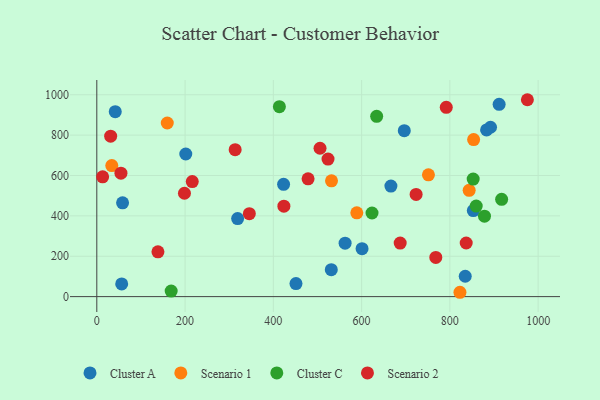
{"axis": {"x": "Ad Spend", "y": "Rating"}, "legend": ["Cluster A", "Cluster C", "Scenario 1", "Scenario 2"], "data": [{"x": "423.2", "y": 556.3, "type": "Cluster A"}, {"x": "562.6", "y": 264.7, "type": "Cluster A"}, {"x": "853.1", "y": 426.0, "type": "Cluster A"}, {"x": "601.0", "y": 237.6, "type": "Cluster A"}, {"x": "451.3", "y": 64.7, "type": "Cluster A"}, {"x": "834.8", "y": 100.9, "type": "Cluster A"}, {"x": "56.4", "y": 62.7, "type": "Cluster A"}, {"x": "58.4", "y": 464.4, "type": "Cluster A"}, {"x": "666.4", "y": 547.8, "type": "Cluster A"}, {"x": "41.8", "y": 916.3, "type": "Cluster A"}, {"x": "892.1", "y": 839.0, "type": "Cluster A"}, {"x": "319.1", "y": 386.4, "type": "Cluster A"}, {"x": "696.7", "y": 822.0, "type": "Cluster A"}, {"x": "911.6", "y": 952.7, "type": "Cluster A"}, {"x": "201.6", "y": 706.4, "type": "Cluster A"}, {"x": "531.3", "y": 133.3, "type": "Cluster A"}, {"x": "883.2", "y": 825.9, "type": "Cluster A"}, {"x": "853.8", "y": 778.1, "type": "Scenario 1"}, {"x": "751.4", "y": 603.3, "type": "Scenario 1"}, {"x": "589.1", "y": 415.0, "type": "Scenario 1"}, {"x": "159.7", "y": 860.0, "type": "Scenario 1"}, {"x": "843.7", "y": 526.5, "type": "Scenario 1"}, {"x": "531.8", "y": 573.7, "type": "Scenario 1"}, {"x": "822.8", "y": 21.5, "type": "Scenario 1"}, {"x": "34.0", "y": 649.2, "type": "Scenario 1"}, {"x": "852.8", "y": 582.5, "type": "Cluster C"}, {"x": "168.5", "y": 27.3, "type": "Cluster C"}, {"x": "878.4", "y": 398.6, "type": "Cluster C"}, {"x": "413.7", "y": 940.8, "type": "Cluster C"}, {"x": "859.7", "y": 448.3, "type": "Cluster C"}, {"x": "917.3", "y": 482.0, "type": "Cluster C"}, {"x": "623.6", "y": 414.3, "type": "Cluster C"}, {"x": "634.1", "y": 893.1, "type": "Cluster C"}, {"x": "478.7", "y": 583.3, "type": "Scenario 2"}, {"x": "216.3", "y": 570.0, "type": "Scenario 2"}, {"x": "54.7", "y": 611.6, "type": "Scenario 2"}, {"x": "523.9", "y": 681.3, "type": "Scenario 2"}, {"x": "723.5", "y": 506.4, "type": "Scenario 2"}, {"x": "138.5", "y": 221.7, "type": "Scenario 2"}, {"x": "423.9", "y": 448.0, "type": "Scenario 2"}, {"x": "31.4", "y": 794.6, "type": "Scenario 2"}, {"x": "313.5", "y": 728.0, "type": "Scenario 2"}, {"x": "975.6", "y": 975.4, "type": "Scenario 2"}, {"x": "837.0", "y": 265.6, "type": "Scenario 2"}, {"x": "505.8", "y": 735.0, "type": "Scenario 2"}, {"x": "345.6", "y": 410.9, "type": "Scenario 2"}, {"x": "13.2", "y": 593.3, "type": "Scenario 2"}, {"x": "791.8", "y": 937.7, "type": "Scenario 2"}, {"x": "198.6", "y": 512.0, "type": "Scenario 2"}, {"x": "687.4", "y": 265.1, "type": "Scenario 2"}, {"x": "768.1", "y": 194.3, "type": "Scenario 2"}]}